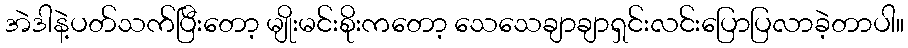
အဲဒါနဲ့ပတ်သက်ပြီးတော့ မျိုးမင်းစိုးကတော့ သေသေချာချာရှင်းလင်းပြောပြလာခဲ့တာပါ။